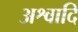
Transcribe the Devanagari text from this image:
अश्वादि